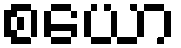
စယော